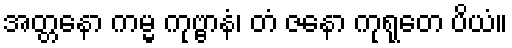
အတ္တနော ကမ္မ ကုဗ္ဗာနံ၊ တံ ဇနော ကုရုတေ ပိယံ။